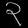
Digit: ၃